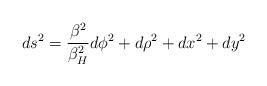
LaTeX: \begin{align*}ds^2={\beta^2 \over \beta^2_H} d\phi^2 +d\rho^2 +dx^2+dy^2\end{align*}